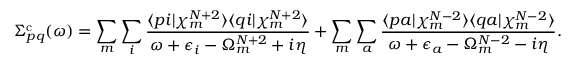
\Sigma _ { p q } ^ { \mathrm { c } } ( \omega ) = \sum _ { m } \sum _ { i } \frac { \langle p i | \chi _ { m } ^ { N + 2 } \rangle \langle q i | \chi _ { m } ^ { N + 2 } \rangle } { \omega + \epsilon _ { i } - \Omega _ { m } ^ { N + 2 } + i \eta } + \sum _ { m } \sum _ { a } \frac { \langle p a | \chi _ { m } ^ { N - 2 } \rangle \langle q a | \chi _ { m } ^ { N - 2 } \rangle } { \omega + \epsilon _ { a } - \Omega _ { m } ^ { N - 2 } - i \eta } .